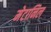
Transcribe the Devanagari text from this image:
मेटानिल